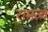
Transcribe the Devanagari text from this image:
रामत्व